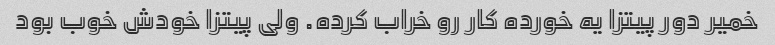
خمیر دور پیتزا یه خورده کار رو خراب کرده. ولی پیتزا خودش خوب بود